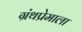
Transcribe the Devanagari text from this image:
ग्रंथप्रेमाला